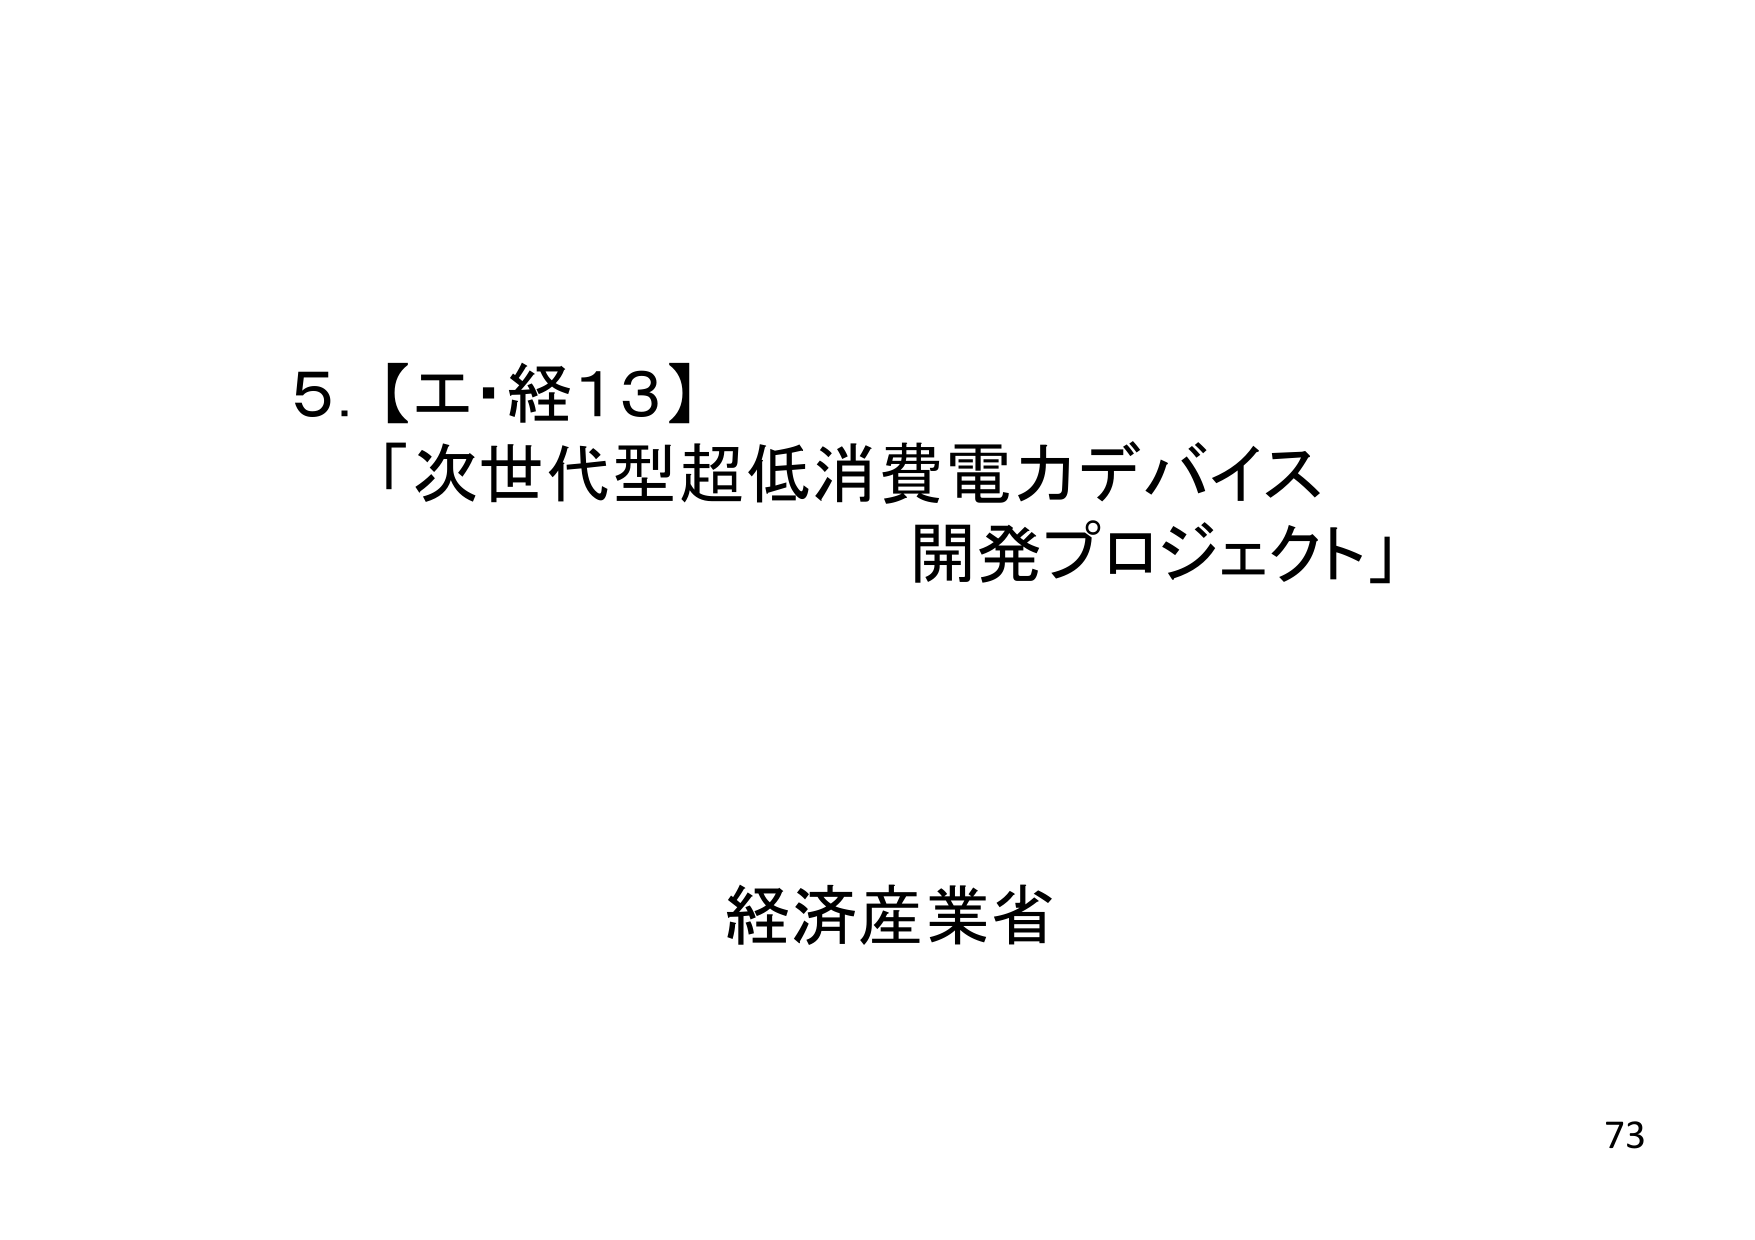
5.【エ・経13】
「次世代型超低消費電力デバイス
開発プロジェクト」

経済産業省

73